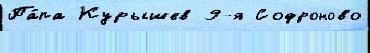
Па́па Курышев 9-я Софроново